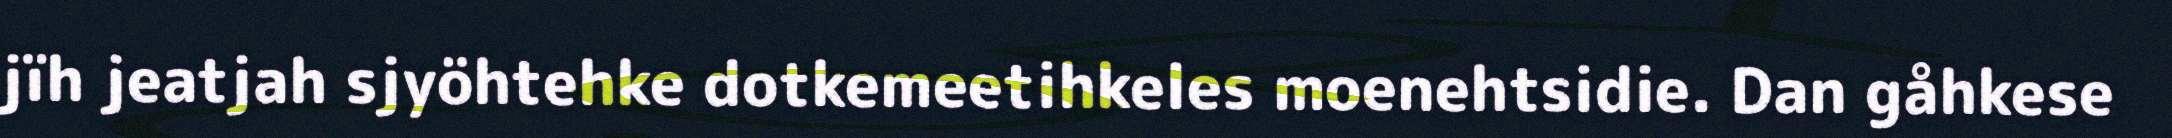
jïh jeatjah sjyöhtehke dotkemeetihkeles moenehtsidie. Dan gåhkese